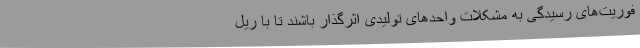
فوریت‌های رسیدگی به مشکلات واحدهای تولیدی اثرگذار باشند تا با ریل